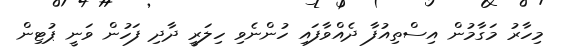
މިހާރު މަގާމުން އިސްތިއުފާ ދެއްވާފައި ހުންނެވި ހިލަރީ ދާދި ފަހުން ވަނީ ޕުޓިން